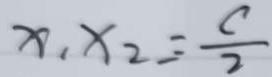
x _ { 1 } x _ { 2 } = \frac { c } { 2 }